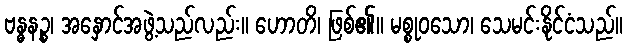
ဗန္ဓနဉ္စ၊ အနှောင်အဖွဲ့သည်လည်း။ ဟောတိ၊ ဖြစ်၏။ မစ္စုဝသော၊ သေမင်းနိုင်ငံသည်။